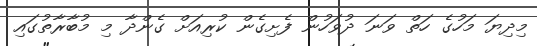
މިދިޔަ މަހުގެ ހަތް ވަނަ ދުވަހުން ފެށިގެން ކުރިއަށް ގެންދާ މި މުބާރާތުގައި